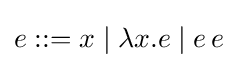
e::=x\mid \lambda x.e\mid e\,e